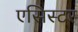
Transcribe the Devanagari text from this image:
एसिस्टर